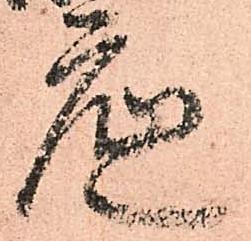
底